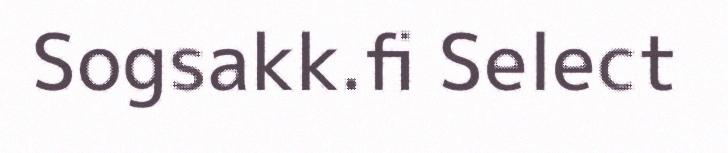
Sogsakk.fi Select